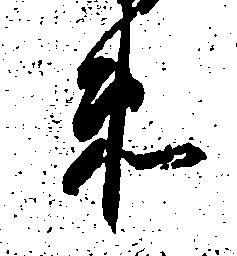
衛